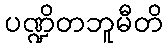
ပဏ္ဍိတဘူမီတိ